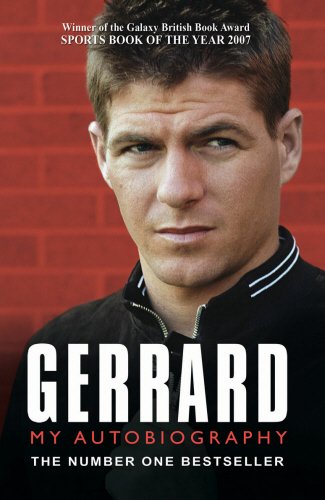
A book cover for Gerrard: My Autobiography; Steven Gerrard; Biographies & Memoirs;